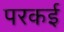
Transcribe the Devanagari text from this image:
परकई